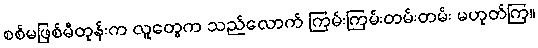
စစ်မဖြစ်မီတုန်းက လူတွေက သည်လောက် ကြမ်းကြမ်းတမ်းတမ်း မဟုတ်ကြ။